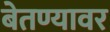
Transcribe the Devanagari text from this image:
बेतण्यावर